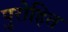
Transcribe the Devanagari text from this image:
पुरोहित